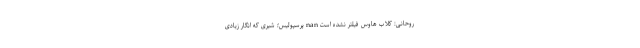
روحانی: كلاب هاوس فيلتر نشده است nan پرسپولیس؛ شیری که انگار زیادی